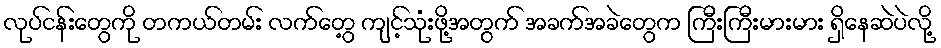
လုပ်ငန်းတွေကို တကယ်တမ်း လက်တွေ့ ကျင့်သုံးဖို့အတွက် အခက်အခဲတွေက ကြီးကြီးမားမား ရှိနေဆဲပဲလို့